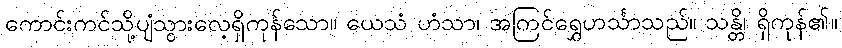
ကောင်းကင်သို့ပျံသွားလေ့ရှိကုန်သော။ ယေသံ ဟံသာ၊ အကြင်ရွှေဟင်္သာသည်။ သန္တိ၊ ရှိကုန်၏။